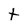
Character: t